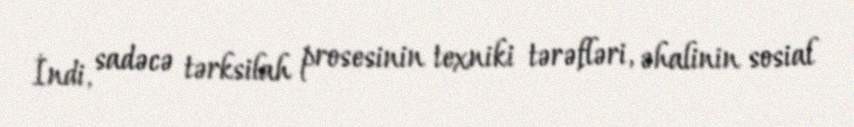
İndi, sadəcə tərksilah prosesinin texniki tərəfləri, əhalinin sosial